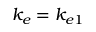
k _ { e } = k _ { e 1 }